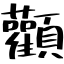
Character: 顴